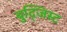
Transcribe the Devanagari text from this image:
बुद्जिस्ट